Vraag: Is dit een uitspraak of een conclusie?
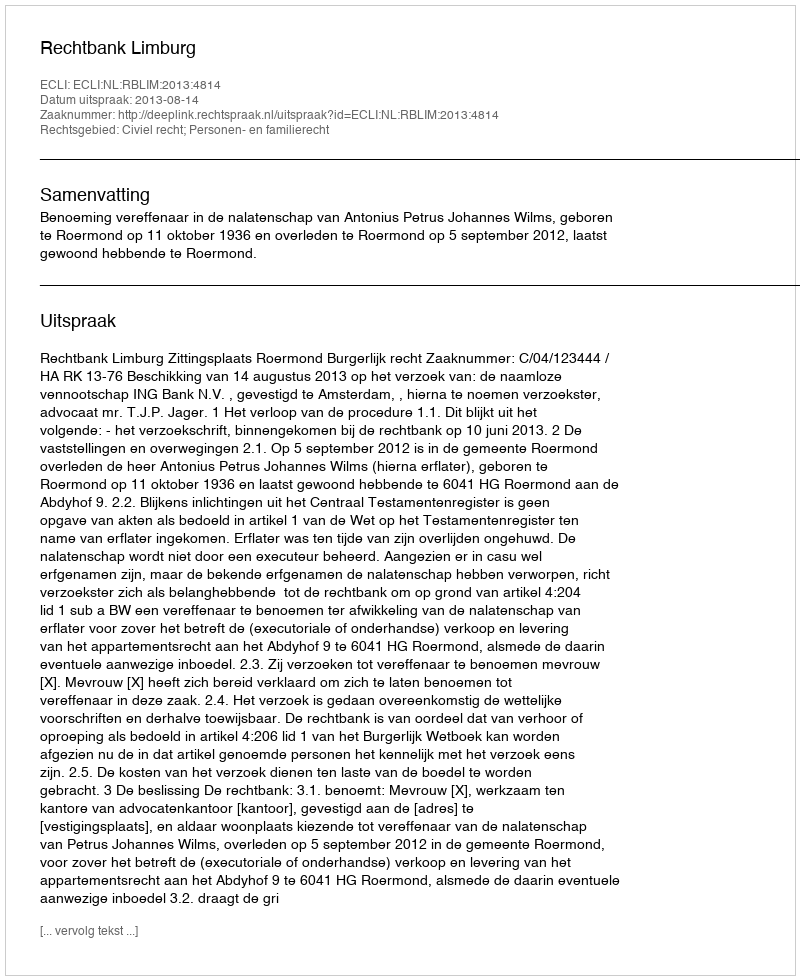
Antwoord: Uitspraak